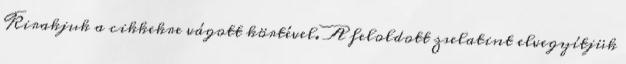
Kirakjuk a cikkekre vágott körtével. A feloldott zselatint elvegyítjük